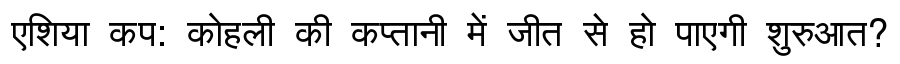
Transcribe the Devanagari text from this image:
एशिया कप: कोहली की कप्तानी में जीत से हो पाएगी शुरुआत?